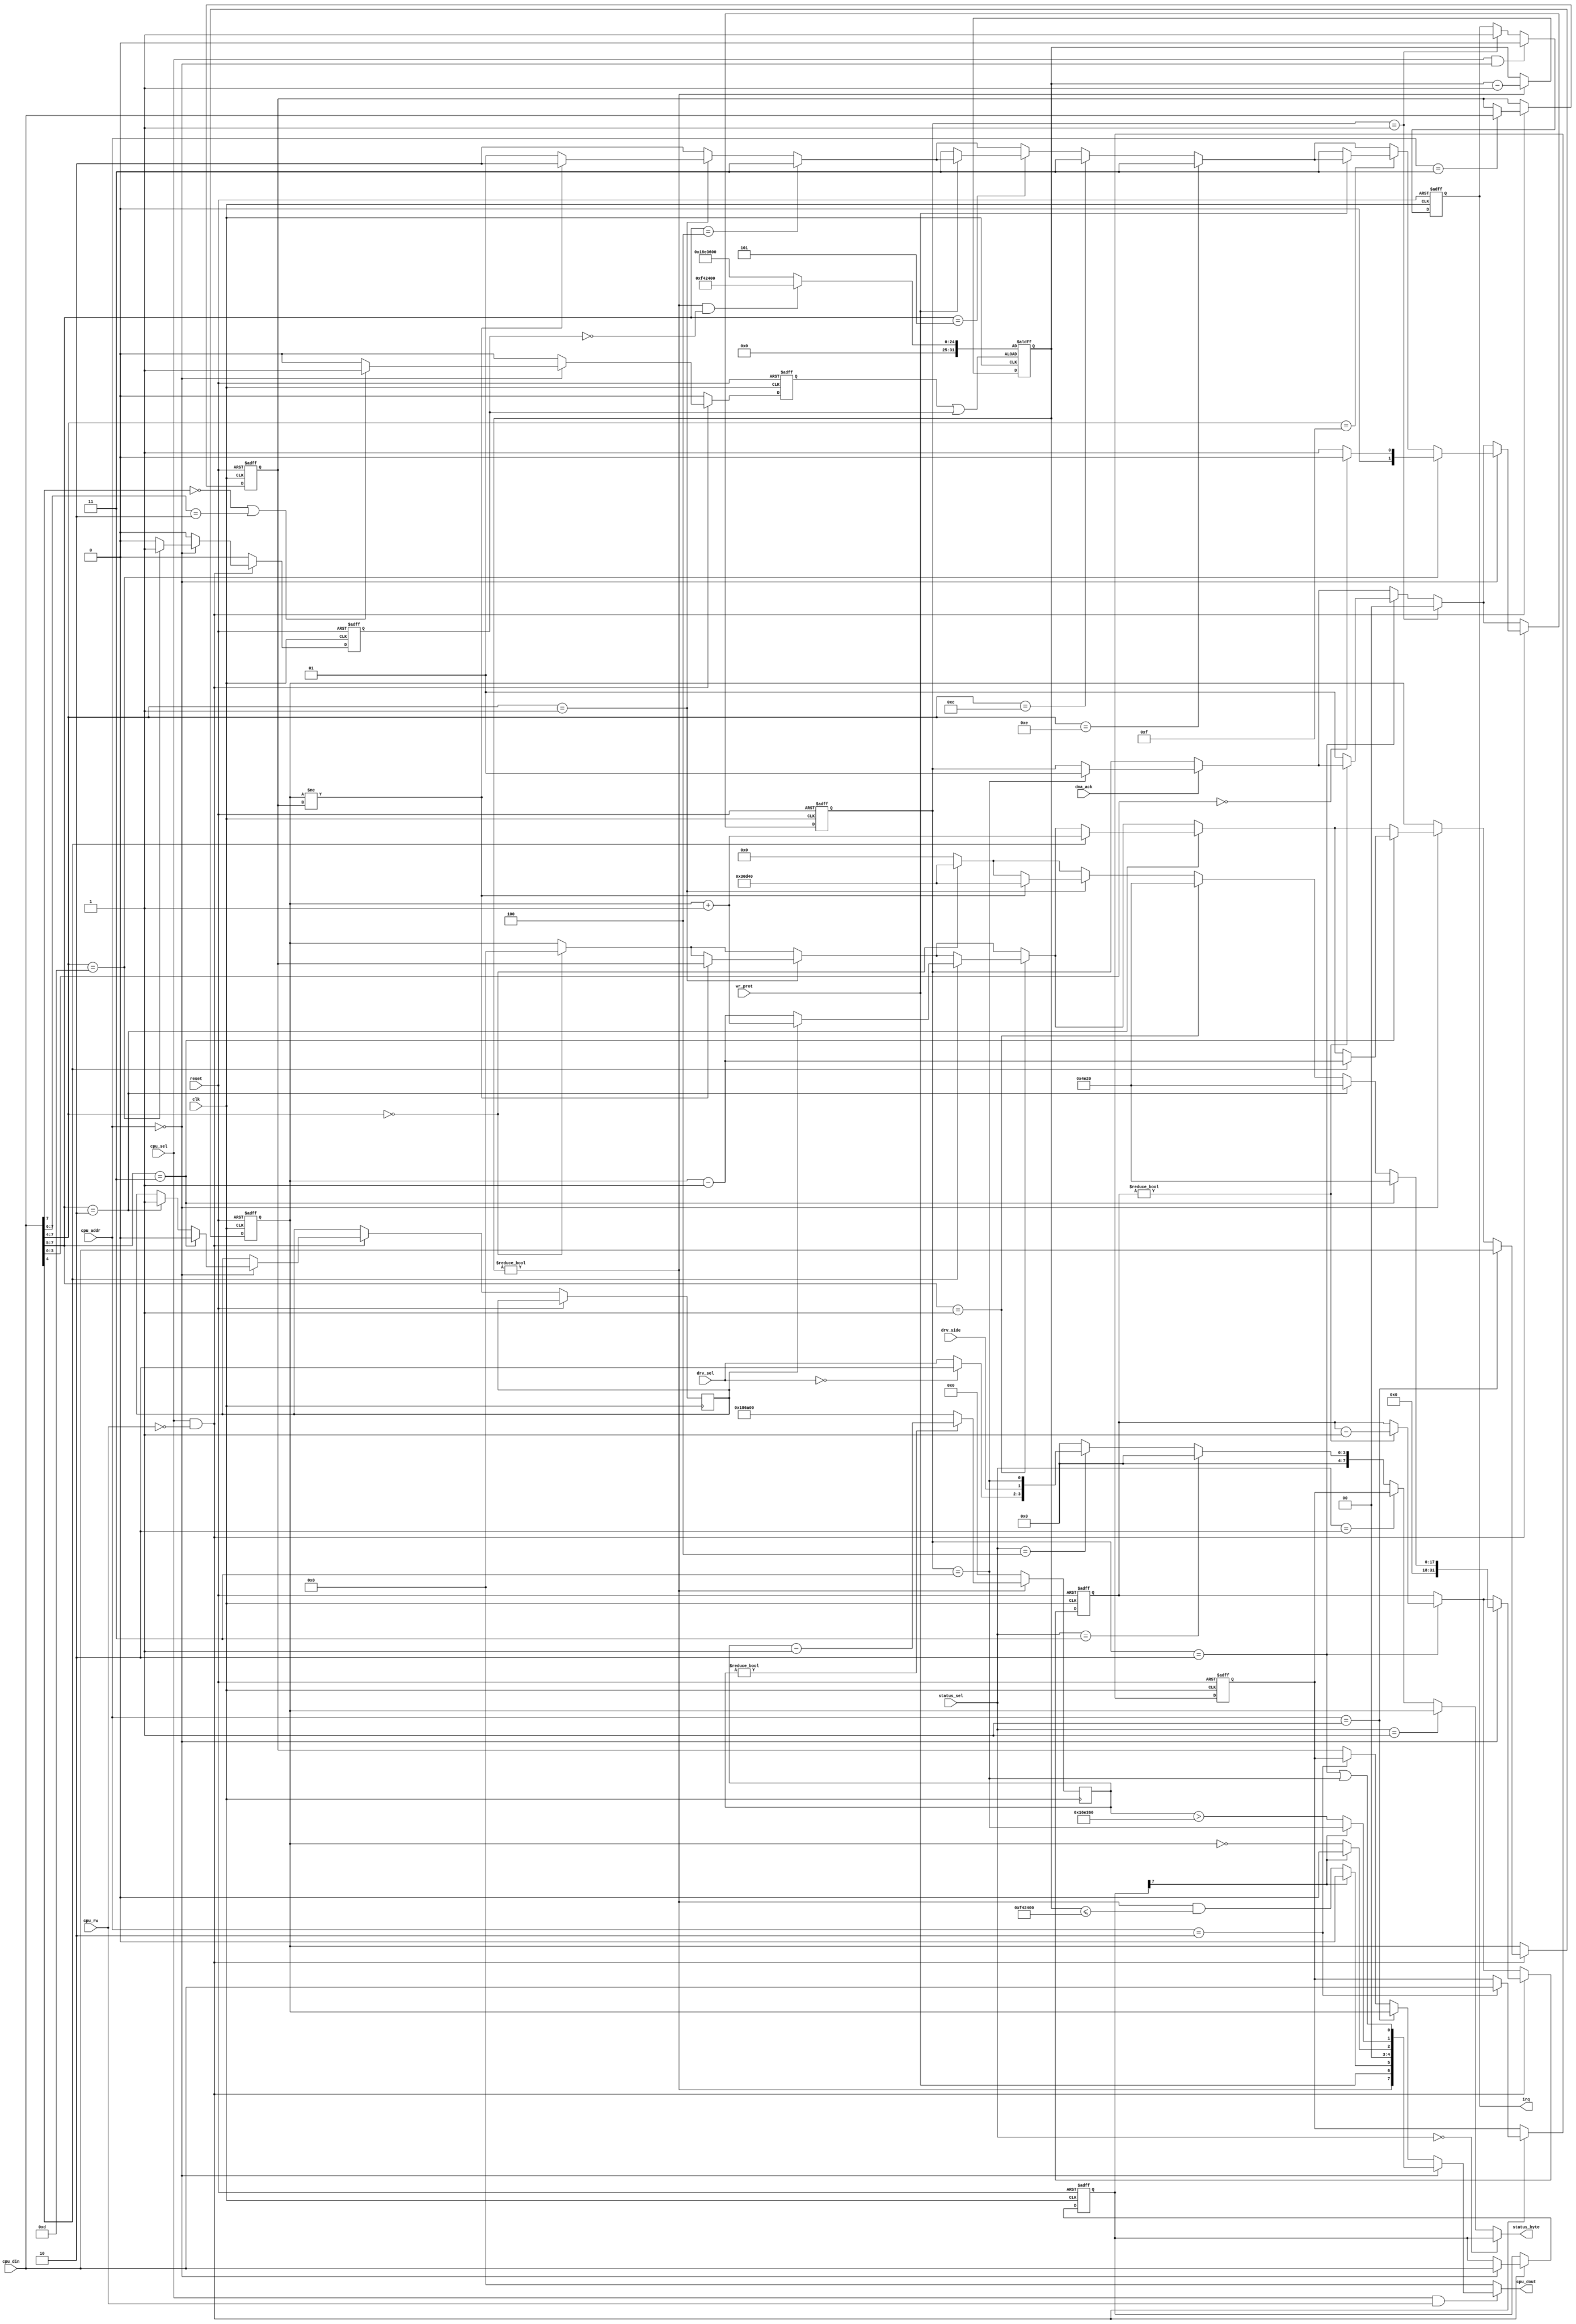
module fdc (
	    // clocks and system interface
	input 		 clk,
	input 		 reset,

	    // write protection of currently selected floppy
	input [1:0]  drv_sel,
	input 		 drv_side,
	input 		 wr_prot,
	    
	input 		 dma_ack,
	input [2:0]  status_sel,
	output [7:0] status_byte,

	// cpu interface
   input [1:0]  cpu_addr,
   input 		 cpu_sel,
   input 		 cpu_rw,
   input [7:0]  cpu_din,
   output [7:0] cpu_dout,

	output reg 	 irq		 
);

// fdc_busy is a counter. counts down from 2 to 0. stays at 3 since that
// means that the fdc is waiting for the arm io controller
localparam STATE_IDLE     = 2'd0;
localparam STATE_IRQ      = 2'd1;
localparam STATE_INT_WAIT = 2'd2;
localparam STATE_IO_WAIT  = 2'd3;

reg [1:0] state;  // fdc busy state

// the fdc registers
reg [7:0] cmd;     // write only
reg [7:0] track;
reg [7:0] sector;
reg [7:0] data;

// Some broken software selects both drives at the same time. On real hardware this
// only works if no second drive is present. In our setup the second drive is present
// but we can simply map all such broken accesses to drive A only
wire [1:0] drv_sel_exclusive = (drv_sel == 2'b00)?2'b10:drv_sel;

// fdc status as reported to the io controller
assign status_byte =
    (status_sel == 0)?cmd:
    (status_sel == 1)?track:
    (status_sel == 2)?sector:
    (status_sel == 3)?8'h00: // data:
    (status_sel == 4)?{ 4'b0000, drv_sel_exclusive, drv_side, state == STATE_IO_WAIT }:
    8'h00;

reg step_dir;

reg [31:0] delay;

wire cmd_type_1 = (cmd[7] == 1'b0);
wire cmd_type_2 = (cmd[7:6] == 2'b10);

// ---------------- floppy motor simulation -------------

// - all type 1 and 2 commands switch the motor on
// - if it was already running it just keeps running
// - if it was off it "spins up"
// - force interrupt basically enforces a spin-up even if motor is spinning

// timer to simulate motor-on. This runs for x/8000000 seconds after each command
reg motor_start;
reg motor_force_spinup;
reg [31:0] motor_on_counter;
wire motor_on = (motor_on_counter != 0);

// motor_on_counter > 16000000 means the motor is spinning up
wire motor_spin_up_done = motor_on && (motor_on_counter <= 16000000);
wire motor_start_or_force = motor_start || motor_force_spinup;

always @(posedge clk or posedge motor_start_or_force) begin
   if(motor_start_or_force)
     // motor runs for 2 seconds if it was already on. it rus for one
     // more second if if wasn't on yet (spin up)
     motor_on_counter <= (motor_on && !motor_force_spinup)?32'd16000000:32'd24000000;
   else begin
      // let "motor" run
      if(motor_on_counter != 0)
			motor_on_counter <= motor_on_counter - 32'd1;
   end
end
		
// -------------- index pulse generation ----------------

// floppy rotates at 300rpm = 5rps -> generate 5 index pulses per second
wire index_pulse = index_pulse_cnt > 32'd1500000;  // 1/16 rotation
reg [31:0] index_pulse_cnt;
always @(posedge clk) begin
   if(!motor_on)
     index_pulse_cnt <= 32'd0;
   else begin
      if(index_pulse_cnt != 0)
			index_pulse_cnt <= index_pulse_cnt - 32'd1;
      else
			index_pulse_cnt <= 32'd1600000;  // 8000000/5
   end
end

// status byte returned by the fdc when reading register 0
wire [7:0] status = { 
  motor_on,
  wr_prot,
  cmd_type_1?motor_spin_up_done:1'b0,         // spin up done? RType Deluxe needs this
  2'b00 /* track not found/crc err */, 
  cmd_type_1?(track == 0):1'b0,
  cmd_type_1?index_pulse:(state == STATE_IO_WAIT),   // drq
  (state == STATE_INT_WAIT) || (state == STATE_IO_WAIT)
};

// CPU register read
assign cpu_dout = 
	(cpu_sel && cpu_rw)?(
		(cpu_addr == 0)?status:
		(cpu_addr == 1)?track:
		(cpu_addr == 2)?sector:
		data):8'h00;

// CPU register write
always @(negedge clk or posedge reset) begin
   if(reset) begin
      // clear internal registers
      cmd <= 8'h00;
      track <= 8'h00;
      sector <= 8'h00;
      data <= 8'h00;

      // reset state machines and counters
      state <= STATE_IDLE;
      irq <= 1'b0;
      motor_start <= 1'b0;
      motor_force_spinup <= 1'b0;
      delay <= 32'd0;

   end else begin
      motor_start <= 1'b0;
      motor_force_spinup <= 1'b0;

      // DMA transfer has been ack'd by io controller
      if(dma_ack) begin
			// fdc waiting for io controller
			if(state == STATE_IO_WAIT)
				state <= STATE_IRQ;  // jump to end of busy phase
      end
      
      // fdc may be waiting internally (e.g. for step completion)
      if(state == STATE_INT_WAIT) begin
			// count down and go into irq state if done
			if(delay != 0)
				delay <= delay - 32'd1;
			else
				state <= STATE_IRQ;
		end
			
		// fdc is ending busy phase
		if(state == STATE_IRQ) begin
			irq <= 1'b1;
			state <= STATE_IDLE;
		end

		// cpu is reading status register or writing command register -> clear fdc irq
		if(cpu_sel && (cpu_addr == 0))
			irq <= 1'b0;
	 
		if(cpu_sel && !cpu_rw) begin
			// fdc register write
			if(cpu_addr == 0) begin       // command register
				cmd <= cpu_din;
				state <= STATE_INT_WAIT;
				delay <= 31'd0;

				// all TYPE I and TYPE II commands start the motor
				if((cpu_din[7] == 1'b0) || (cpu_din[7:6] == 2'b10))
					motor_start <= 1'b1;
	    
				// ------------- TYPE I commands -------------
				if(cpu_din[7:4] == 4'b0000) begin  	        // RESTORE
					track <= 8'd0;
					delay <= 31'd200000;		        // 25ms delay
				end
	    
				if(cpu_din[7:4] == 4'b0001) begin  	        // SEEK
					if(track != data) begin
						track <= data;
						delay <= 31'd200000;			// 25ms delay
					end else
						state <= STATE_IRQ;						
				end
	    
				if(cpu_din[7:5] == 3'b001) begin		// STEP
					delay <= 31'd20000;			// 2.5ms delay
					if(cpu_din[4])                           // update flag
						track <= (step_dir == 1)?(track + 8'd1):(track - 8'd1);
				end
	    
				if(cpu_din[7:5] == 3'b010) begin            // STEP-IN
					delay <= 31'd20000;			// 2.5ms delay
					step_dir <= 1'b1;
					if(cpu_din[4])                           // update flag
						track <= track + 8'd1;
				end

				if(cpu_din[7:5] == 3'b011) begin            // STEP-OUT
					delay <= 31'd20000;			// 2.5ms delay
					step_dir <= 1'b0;
					if(cpu_din[4])                           // update flag
						track <= track - 8'd1;
				end
	    
				// ------------- TYPE II commands -------------
				if(cpu_din[7:5] == 3'b100) begin            // read sector
					state <= STATE_IO_WAIT;
				end
							
				if(cpu_din[7:5] == 3'b101)                  // write sector
					if(!wr_prot)
						state <= STATE_IO_WAIT;
	    
				// ------------- TYPE III commands ------------
	    		if(cpu_din[7:4] == 4'b1100)                 // read address
					state <= STATE_IO_WAIT;
	    
				if(cpu_din[7:4] == 4'b1110)                 // read track
					state <= STATE_IO_WAIT;
	    
				if(cpu_din[7:4] == 4'b1111)                 // write track
					if(!wr_prot)
						state <= STATE_IO_WAIT;
	    
				// ------------- TYPE IV commands -------------
				if(cpu_din[7:4] == 4'b1101) begin           // force intrerupt
					motor_force_spinup <= 1'b1;
					if(cpu_din[3:0] == 4'b0000)
						state <= STATE_IDLE;                    // immediately
					else
						state <= STATE_IRQ;                     // with irq
				end
			end // if (cpu_addr == 0)
	 
			if(cpu_addr == 1)             // track register
				track <= cpu_din;
	 
			if(cpu_addr == 2)             // sector register
				sector <= cpu_din;
	 
			if(cpu_addr == 3)             // data register
				data <= cpu_din;   

      end // if (cpu_sel && !cpu_rw)
   end // else: !if(reset)
end // always @ (negedge clk or posedge reset)
   
endmodule